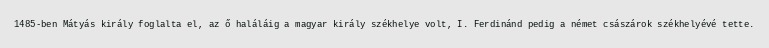
1485-ben Mátyás király foglalta el, az ő haláláig a magyar király székhelye volt, I. Ferdinánd pedig a német császárok székhelyévé tette.